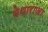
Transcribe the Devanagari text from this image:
बेथाराजा